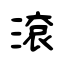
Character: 滾